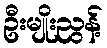
ဦးမျိုးညွန့်